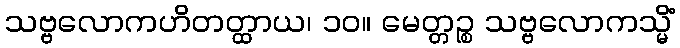
သဗ္ဗလောကဟိတတ္ထာယ၊ ၁၀။ မေတ္တဉ္စ သဗ္ဗလောကသ္မိံ